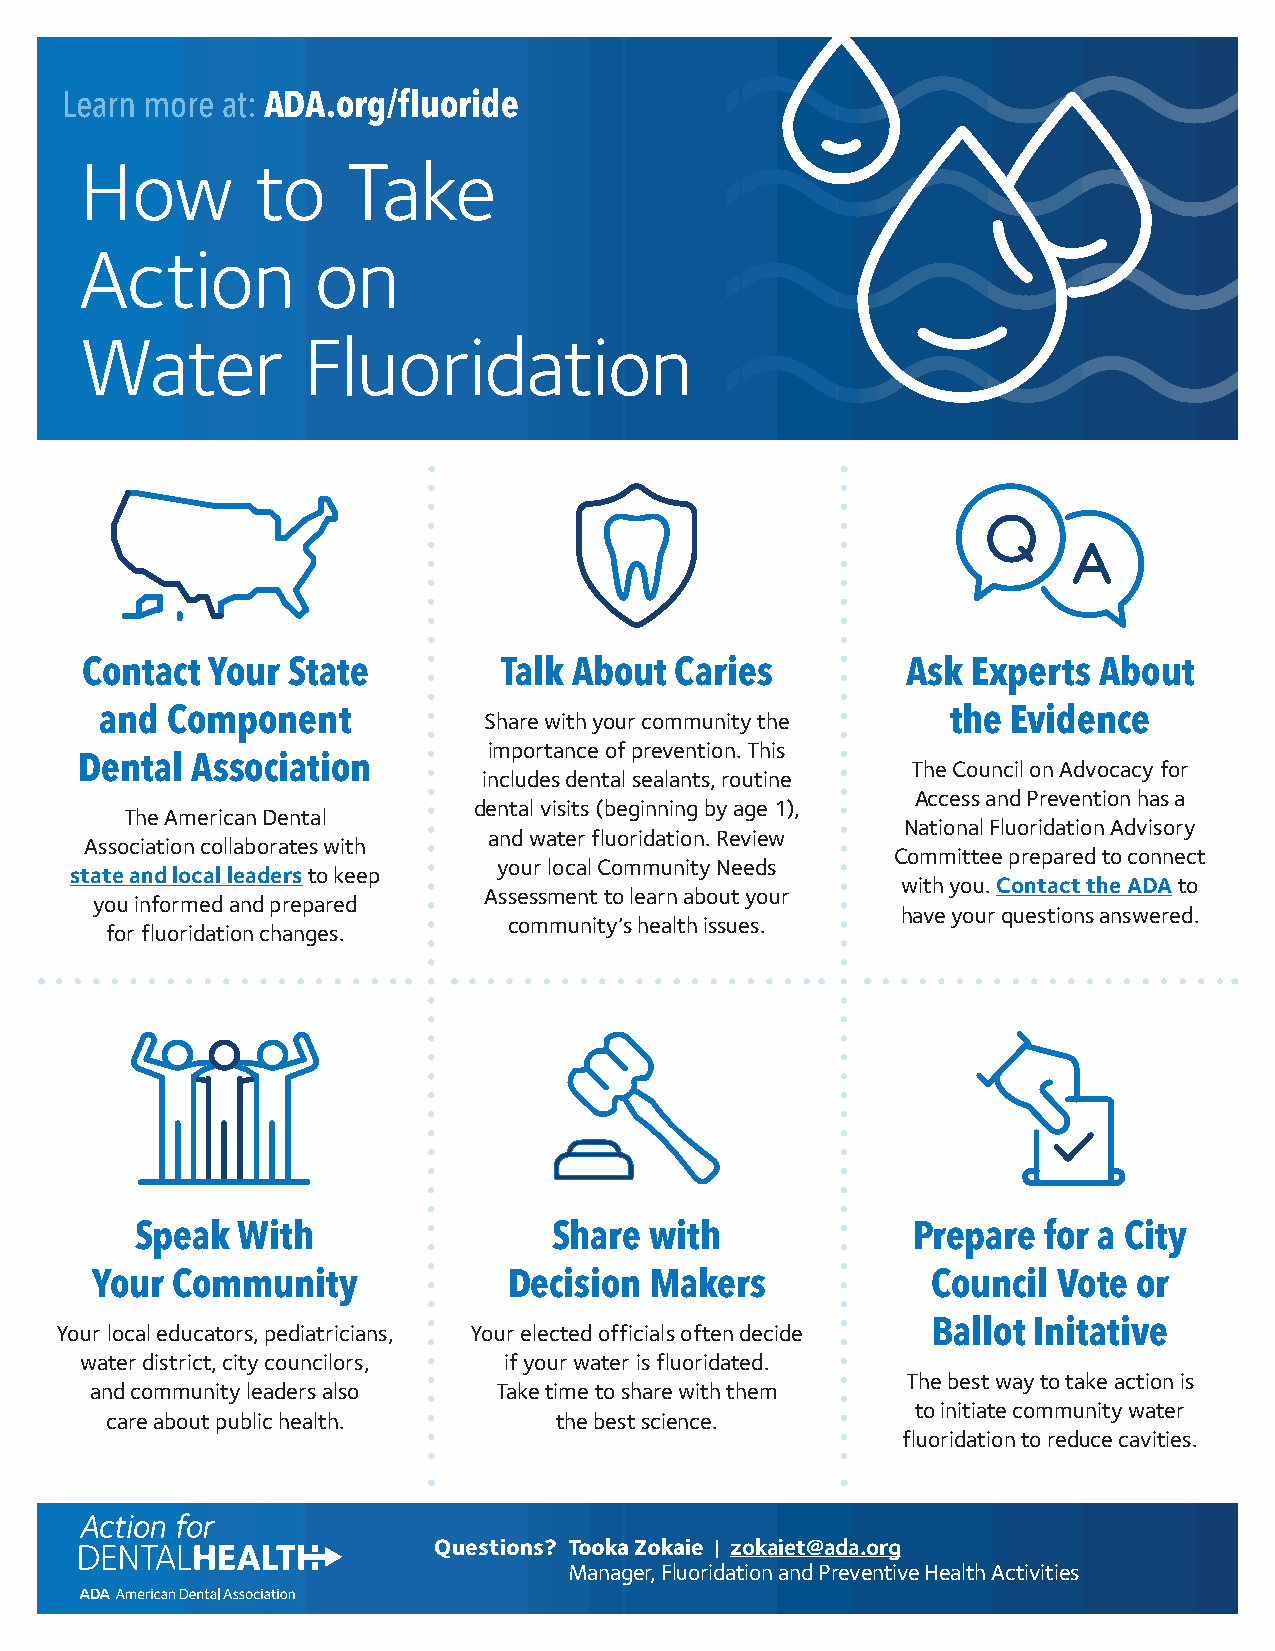
Learn more at: ADA.org/fluoride
 How         to    Take
 Action          on
 Water          Fluoridation
 Contact  Your State         Talk About  Caries         Ask Experts  About
 and Component                                           the Evidence
 Share with your community the
 importance of prevention. This
 Dental  Association
 The Council on Advocacy for
 includes dental sealants, routine
 Access and Prevention has a
 dental visits (beginning by age 1),
 The American Dental
 National Fluoridation Advisory
 and water fluoridation. Review
 Association collaborates with
 Committee prepared to connect
 your local Community Needs
 state and local leaders to keep
 with you. Contact the ADA to
 Assessment to learn about your
 you informed and prepared
 have your questions answered.
 community’s health issues.
 for fluoridation changes.
 Speak  With                 Share with             Prepare  for a City
 Your Community              Decision Makers             Council Vote or
 Ballot Initative
 Your local educators, pediatricians, Your elected officials often decide
 water district, city councilors, if your water is fluoridated.
 The best way to take action is
 and community leaders also Take time to share with them
 to initiate community water
 care about public health.     the best science.
 fluoridation to reduce cavities.
 Questions? Tooka Zokaie | zokaiet@ada.org
 Manager, Fluoridation and Preventive Health Activities